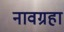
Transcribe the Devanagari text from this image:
नावग्रहा